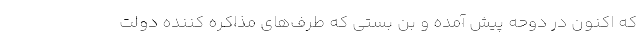
که اکنون در دوحه پیش آمده و بن بستی که طرف‌های مذاکره کننده دولت